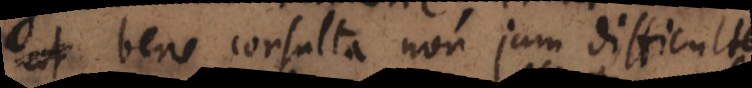
bene consulta non jam difficulter